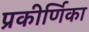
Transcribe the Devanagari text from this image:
प्रकीर्णिका